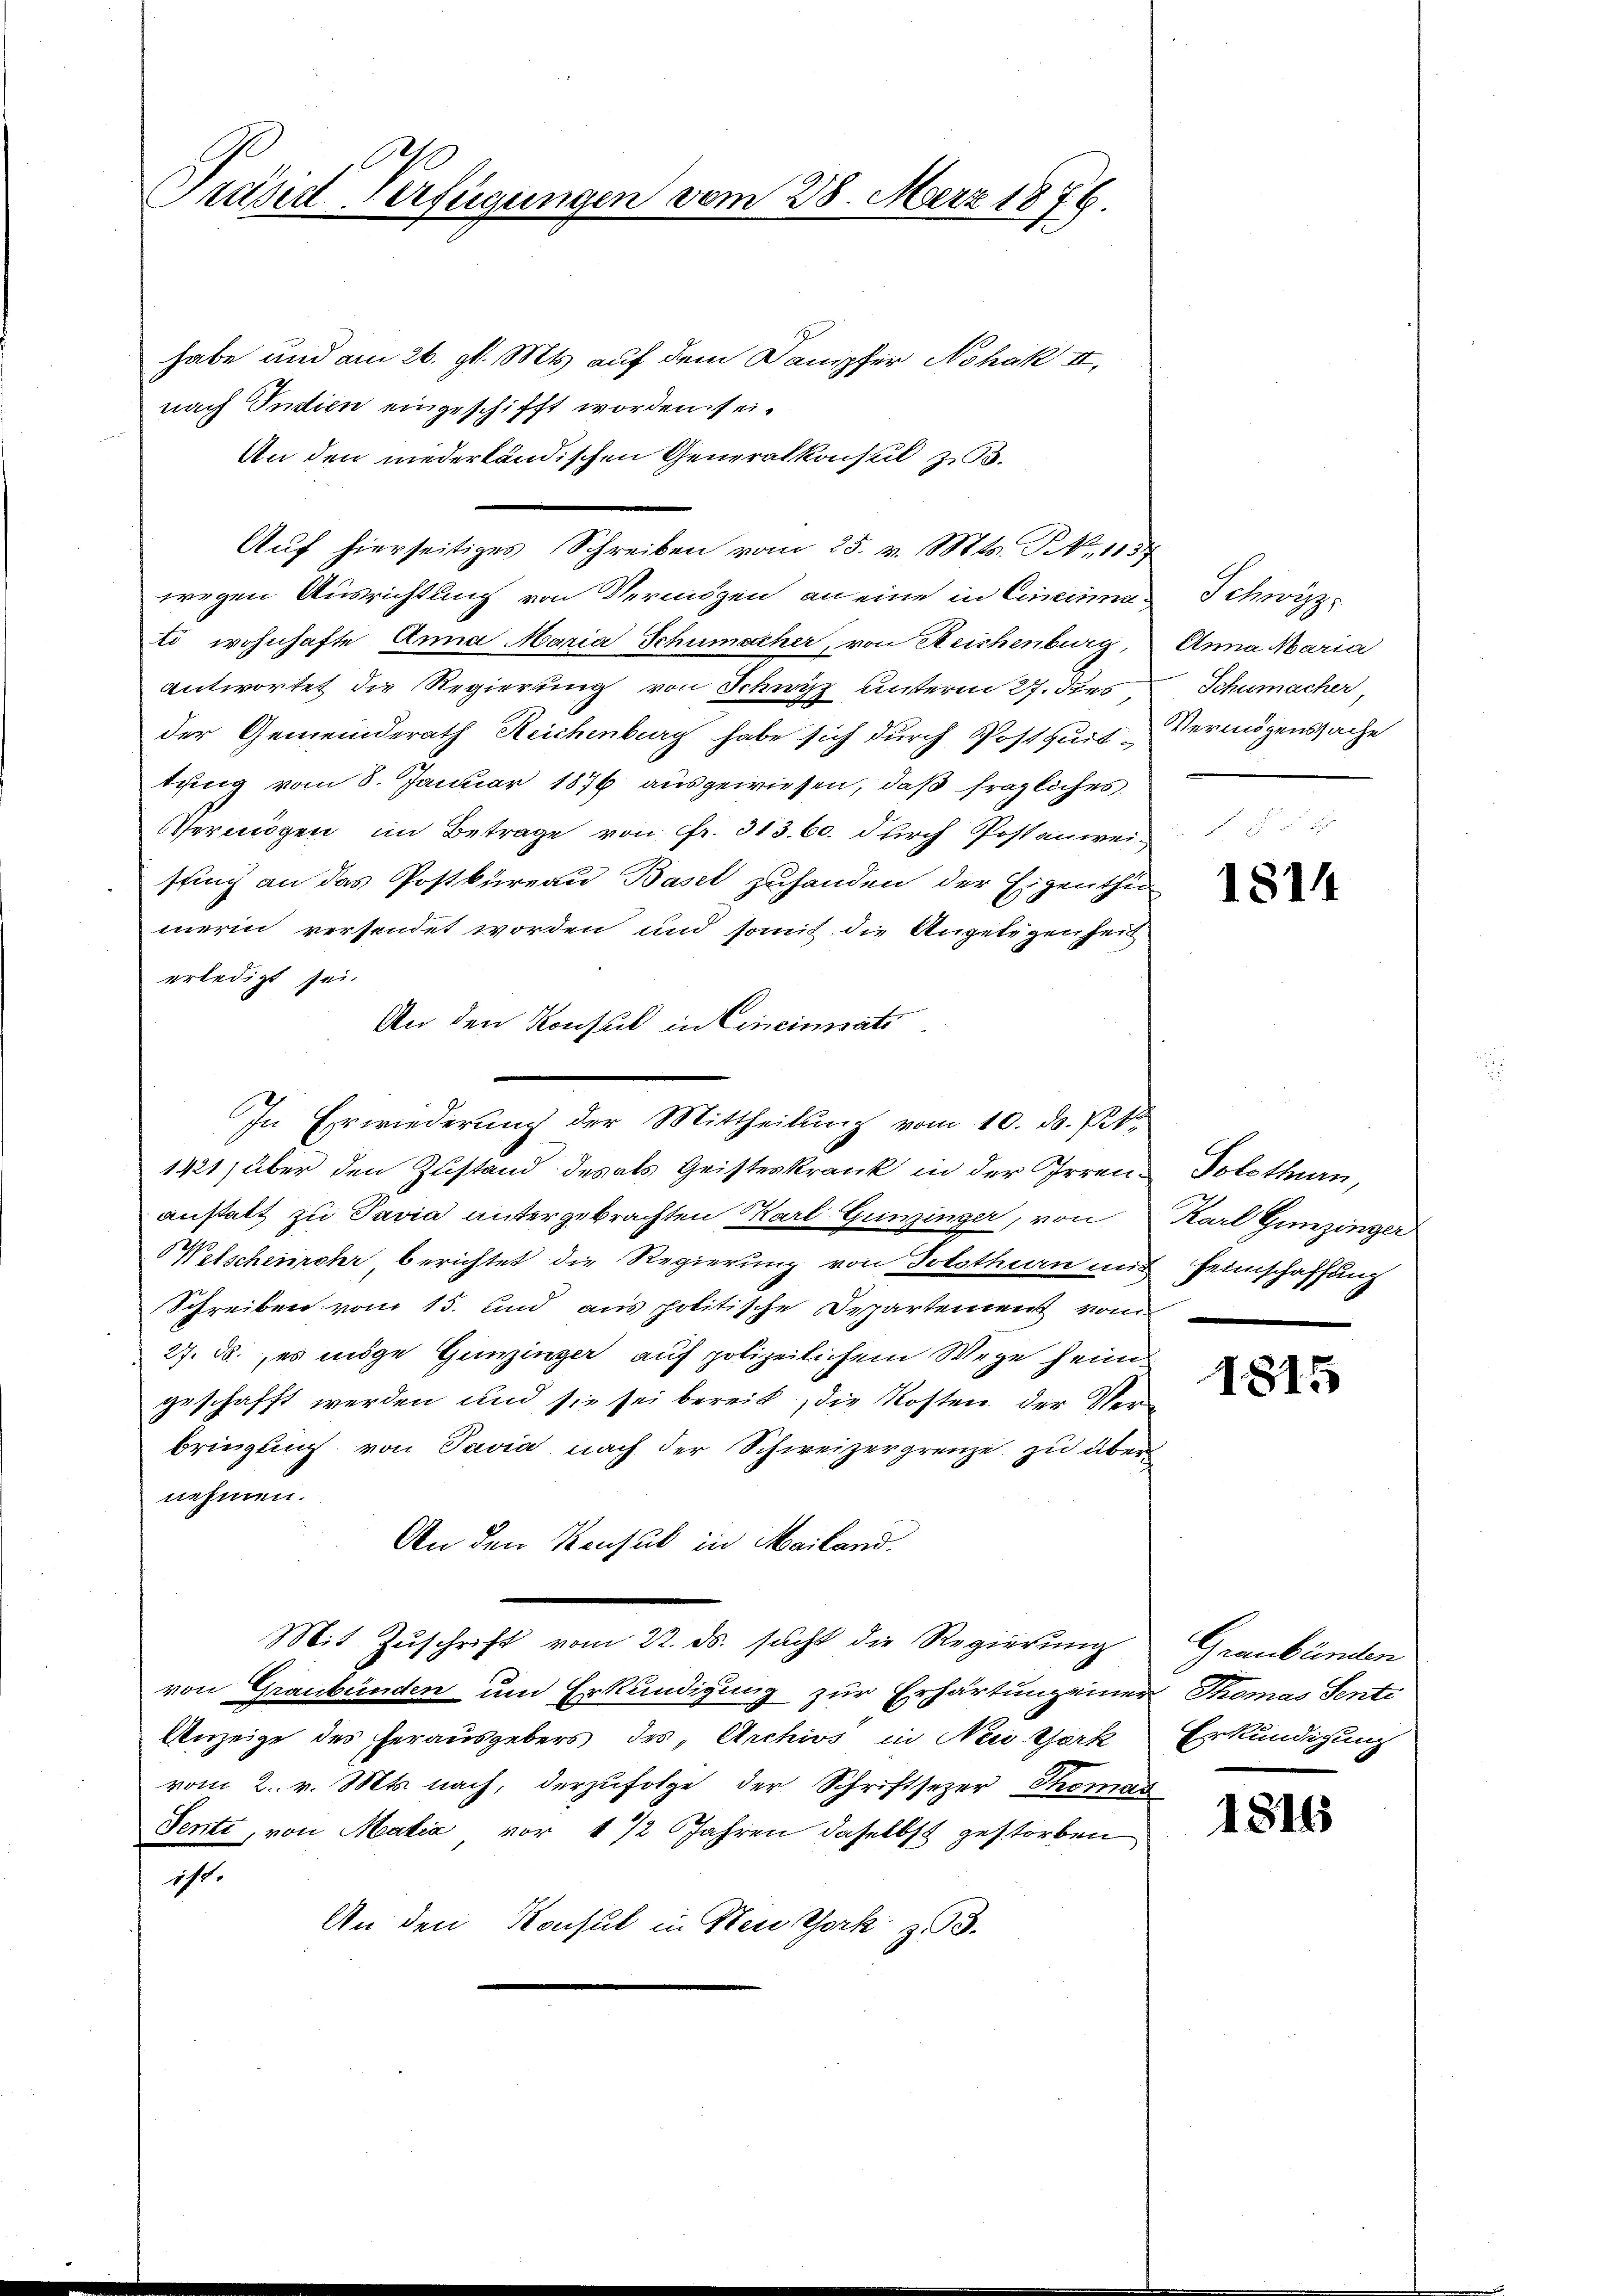
Präsid-Verfügungen vom 28. März 1876

habe und am 26. gl. Mts. auf dem Dampfer Nohak II,
nach Indien eingeschifft worden sei.
An den niederländischen Generalkonsul zu 3.
Auf hierseitiges Schreiben vom 25. v. Mts. S. 1157
wegen Ausrichtung von Vermögen an eine in Cincina Schwyzti wohnhafte Anna Maria Schumacher, von Reichenburg,
antwortet die Regierung von Schwyz unterm 27. dies,
der Gemeinderath Reichenburg habe sich durch Postquittung vom 8. Januar 1876 ausgewiesen, daß fragliches
Vermögen im Betrage von Fr. 313. 60. durch Postanweisting an das Postkureau Basel zuhanden der Eigenthu
merin versendet worden und somit die Angelegenheit
erledigt sei.
An den Konsul in Cincinati
1421) über den Zustand des als Geisteskrank in der Irrenanstatt zu Pavia untergebrachten Karl Gunzinger, von
Welscheimehr berichtet die Regierung von Solothurn mit
Schreiben vom 15. und aus politische Departement vom
27. d. es möge Gunzinger auf polizeilichem Wege heimgeschafft werden und sie sei bereit, die Kosten der Verbringung von Savia nach der Schweizergrenze zu über
nehmen.
An den Konsul in Mailand.
Mit Zŭschrift vom 22. ds. sucht die Regierung
von Graubünden und Erkundigung zur Erhärtung einer Thomas Senti
Anzeige des herausgebers des Archivs in New York
vom 2. v. Mts. nach, derzufolge der Schriftsezer Thomas
Senti, von Matia vor 1/2 Jahren daselbst gestorben
ist.
An den Konsul in Steu York 353.

In Erwiederung der Mittheilung vom 10. ds. Pet

Anna Maria
Schumacher,
Vermögenssache

1814

Solothurn,
Karl Gunzinger
Heimschaffung
e

1815

Graubünden
Erkundigung

1816